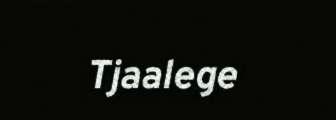
Tjaalege